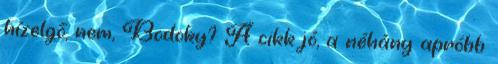
hízelgő, nem, Bodoky? A cikk jó, a néhány apróbb